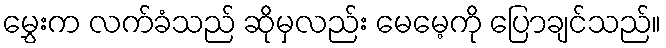
မွှေးက လက်ခံသည် ဆိုမှလည်း မေမေ့ကို ပြောချင်သည်။